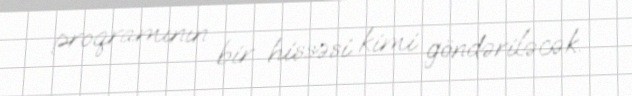
proqramının bir hissəsi kimi göndəriləcək.